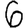
Digit: 6